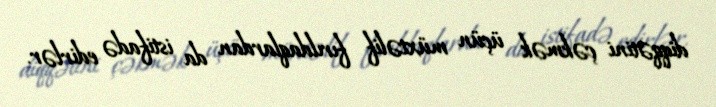
diqqətini çəkmək üçün müxtəlif fırıldaqlardan da istifadə edirlər.